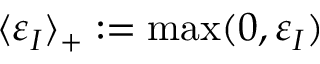
\langle \varepsilon _ { I } \rangle _ { + } : = \operatorname* { m a x } ( 0 , \varepsilon _ { I } )